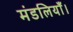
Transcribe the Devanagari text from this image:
मंडलियाँ।